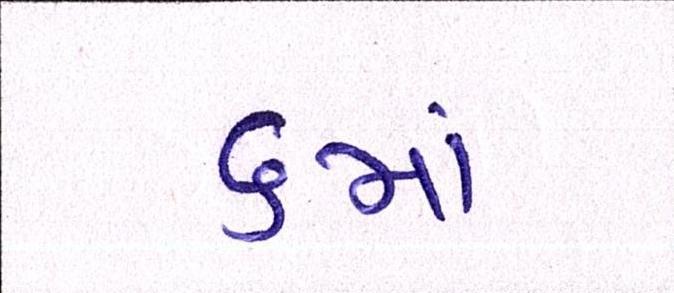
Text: ૬માં